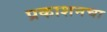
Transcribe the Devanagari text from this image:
प्रकाशनचा